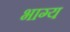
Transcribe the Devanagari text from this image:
भाग्‍य